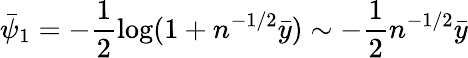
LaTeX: \bar{\psi}_{1}=-\frac{1}{2}\log(1+n^{-1/2}\bar{y})\sim-\frac{1}{2}n^{-1/2}\bar{y}